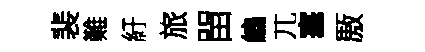
裴難紆旅㽞編兀塞厫